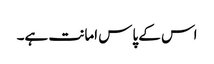
اس کے پاس امانت ہے۔